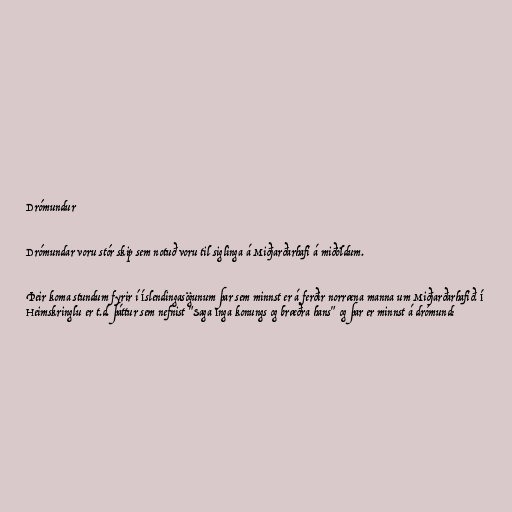
Drómundur

Drómundar voru stór skip sem notuð voru til siglinga á Miðjarðarhafi á miðöldum.

Þeir koma stundum fyrir í Íslendingasögunum þar sem minnst er á ferðir norræna manna um Miðjarðarhafið. Í
Heimskringlu er t.d. þáttur sem nefnist "Saga Inga konungs og bræðra hans" og þar er minnst á drómund: